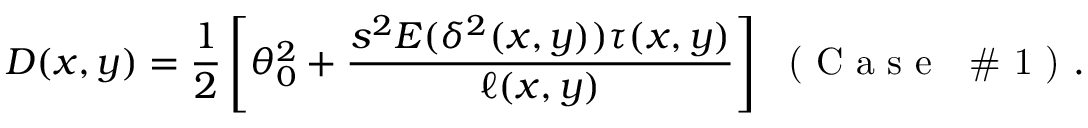
D ( x , y ) = \frac { 1 } { 2 } \left[ \theta _ { 0 } ^ { 2 } + \frac { s ^ { 2 } E ( \delta ^ { 2 } ( x , y ) ) \tau ( x , y ) } { \ell ( x , y ) } \right] ~ \textrm { ( C a s e ~ \# 1 ) } .